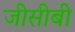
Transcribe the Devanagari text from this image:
जीसीबी